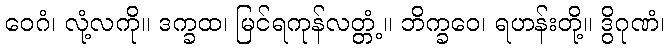
ဝေဂံ၊ လုံ့လကို။ ဒက္ခထ၊ မြင်ရကုန်လတ္တံ့။ ဘိက္ခဝေ၊ ရဟန်းတို့။ ဒွိဂုဏံ၊